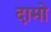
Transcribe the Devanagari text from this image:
दामो